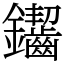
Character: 䥹